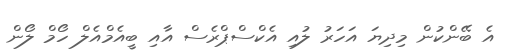
އެ ބޭންކުން މިދިޔަ އަހަރު ލުއި އެކްސްޕްރެސް އާއި ބީއެމްއެލް ހޯމް ލޯން